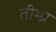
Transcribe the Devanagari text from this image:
तीम्प्न